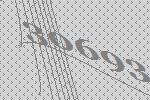
30693